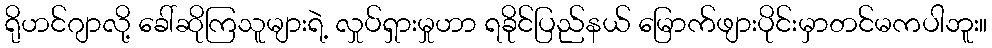
ရိုဟင်ဂျာလို့ ခေါ်ဆိုကြသူများရဲ့ လှုပ်ရှားမှုဟာ ရခိုင်ပြည်နယ် မြောက်ဖျားပိုင်းမှာတင်မကပါဘူး။